Report on sanitation, dispensaries, and jails in Rajputana for 1918, and on vaccination for the year 1918-1919 - 1918-1919
Year: 1918
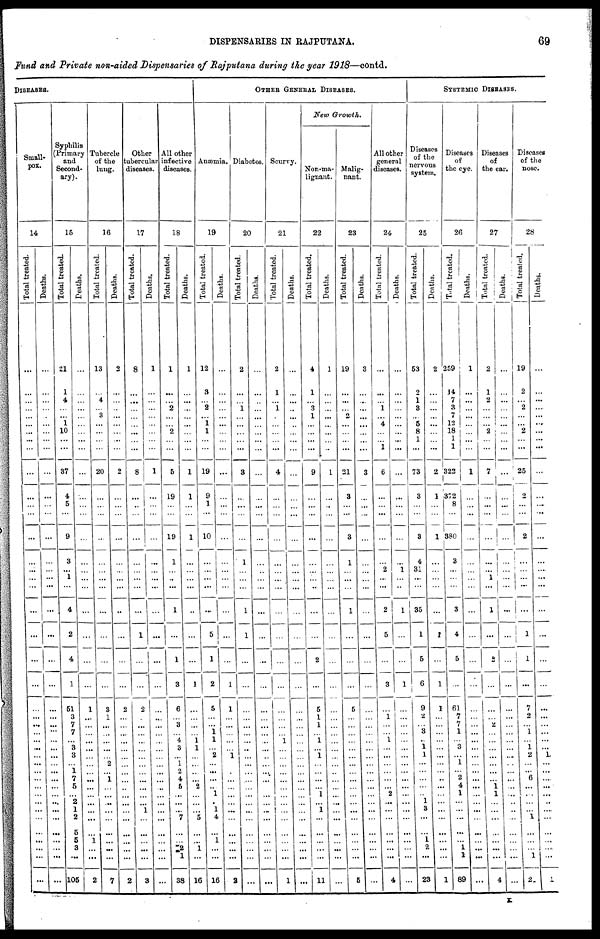
DISPENSARIES IN RAJPUTANA.
69
Fund and Private non-aided Dispensaries of Rajputana during the year 1918—contd.
DISEASES.
Small-
pox.
14
Total treated.
...
...
...
...
...
...
...
...
...
...
...
...
...
...
...
...
...
...
...
...
...
...
...
...
...
...
...
...
...
...
...
...
...
...
...
...
...
...
...
...
...
...
Deaths.
...
...
...
...
...
...
...
...
...
...
...
...
...
...
...
...
...
...
...
...
...
...
...
...
...
...
...
...
...
...
...
...
...
...
...
...
...
...
...
...
...
...
Syphilis
(Primary
and
Second-
ary).
15
Total treated.
21
1
4
...
... 1
10
...
...
37
4
5
...
9
3
... 1
...
4
2
4
1
51
3
7
7
...
3
3
... 1
7
5
... 2
1
2
5
5
3
...
105
Deaths.
...
...
...
...
...
...
...
...
...
...
...
...
...
...
...
...
...
...
...
...
...
...
1
...
...
...
...
...
...
...
...
...
...
...
...
...
...
...
1
...
...
2
Tubercle
of the
lung.
16
Total treated.
13
...
4
...
3
...
...
...
...
20
...
...
...
...
...
...
...
...
...
...
...
...
3
1
...
...
...
...
...
2
...
1
...
...
...
...
...
...
...
...
...
7
Deaths.
2
...
...
...
...
...
...
...
...
2
...
...
...
...
...
...
...
...
...
...
...
...
2
...
...
...
...
...
...
...
...
...
...
...
...
...
...
...
...
...
...
2
Other
tubercular
diseases.
17
Total treated.
8
...
...
...
...
...
...
...
...
8
...
...
...
...
...
...
...
...
...
1
...
...
2
...
...
...
...
...
...
...
...
...
...
...
...
1
...
...
...
...
...
3
Deaths.
1
...
...
...
...
...
...
...
...
1
...
...
...
...
...
...
...
...
...
...
...
...
...
...
...
...
...
...
...
...
...
...
...
...
...
...
...
...
...
...
...
...
All other
infective
diseases.
18
Total treated.
1
...
... 2
...
...
2
...
...
5
19
...
...
19
1
...
...
...
1
...
1
3
6
...
3
...
4
3
... 1
2
4
5
...
...
... 7
...
...
2
1
38
Deaths.
1
...
...
...
...
...
...
...
...
1
1
...
...
1
...
...
...
...
...
...
...
1
...
...
...
...
1 1
...
...
...
...
2
...
...
...
5
...
...
1
...
16
OTHER GENERAL DISEASES.
Anæmia.
19
Total treated.
12
3
... 2
... 1
1
...
...
19
9
1
...
10
...
...
...
...
...
5
1
2
5
...
... 1
1
... 2
...
...
...
...
1
...
1
4
...
1
...
...
16
Deaths.
...
...
...
...
...
...
...
...
...
...
...
...
...
...
...
...
...
...
...
...
...
1
1
...
...
...
...
...
1
...
...
...
...
...
...
...
...
...
... ...
...
2
Diabetes.
20
Total treated.
2
...
... 1
...
...
...
...
...
3
...
...
...
...
1
...
...
...
1
1
...
...
...
...
...
...
...
...
...
...
...
...
...
...
...
...
...
...
...
...
...
...
Deaths.
...
...
...
...
...
...
...
...
...
...
...
...
...
...
...
...
...
...
...
...
...
...
...
...
...
...
...
...
...
...
...
...
...
...
...
...
...
...
...
...
...
...
Scurvy.
21
Total treated.
2
1
...
1
...
...
...
...
...
4
...
...
...
...
...
...
...
...
...
...
...
...
...
...
...
...
1
...
...
...
...
...
...
...
...
...
...
...
...
...
...
1
Deaths.
...
...
...
...
...
...
...
...
...
...
...
...
...
...
...
...
...
...
...
...
...
...
...
...
...
...
...
...
...
...
...
...
...
...
...
...
...
...
...
...
...
...
New Growth.
Non-ma-
lignant.
22
Total treated.
4
1
... 3
1
...
...
...
...
9
...
...
...
...
...
...
...
...
...
...
2
...
5
1
1
...
1
... 1
...
...
...
...
1
...
1
...
...
...
...
...
11
Deaths.
1
...
...
...
...
...
...
...
...
1
...
...
...
...
...
...
...
...
...
...
...
...
...
...
...
...
...
...
...
...
...
...
...
...
...
...
...
...
...
...
...
...
Malig-
nant.
23
Total treated.
19
...
...
...
2
...
...
...
...
21
3
...
...
3
1
...
...
...
1
...
...
...
5
...
...
...
...
...
...
...
...
...
...
...
...
...
...
...
...
...
...
5
Deaths.
3
...
...
...
...
...
...
...
...
3
...
...
...
...
...
...
...
...
...
...
...
...
...
...
...
...
...
...
...
...
...
...
...
...
...
...
...
...
...
...
...
...
All other
general
diseases.
24
Total treated.
...
...
... 1
...
4
...
...
1
6
...
...
...
...
...
2
...
...
2
5
...
3
...
1
...
...
1
...
...
...
...
...
...
2
...
...
...
...
...
...
...
4
Deaths.
...
...
...
...
...
...
...
...
...
...
...
...
...
...
...
1
...
...
1
...
...
1
...
...
...
...
...
...
...
...
...
...
...
...
...
...
...
...
...
...
...
...
SYSTEMIC DISEASES.
Diseases
of the
nervous
system.
25
Total treated.
53
2
1
3
...
5
8
1
...
73
3
...
...
3
4
31
...
...
35
1
5
6
9
2
...
3
...
1
1
...
...
...
...
... 1
3
...
...
1 2
...
23
Deaths.
2
...
...
...
...
...
...
...
...
2
1
...
...
1
...
...
...
...
...
1
...
1
1
...
...
...
...
...
...
...
...
...
...
...
...
...
...
...
...
...
...
1
Diseases
of
the eye.
26
Total treated.
259
14
7
3
7
12
18
1
1
322
372
8
...
380
3
...
...
...
3
4
5
...
61
7
7
1
...
3
...
1
... 2
4
1
...
...
...
...
... 1
1
89
Deaths.
1
...
...
...
...
...
...
...
...
1
...
...
...
...
...
...
...
...
...
...
...
...
...
...
...
...
...
...
...
...
...
...
...
...
...
...
...
...
...
...
...
...
Diseases
of
the ear.
27
Total treated.
2
1
2
...
...
...
2
...
...
7
...
...
...
...
...
...
1
...
1
...
2
...
...
...
2
...
...
...
...
...
...
...
1 1
...
...
...
...
...
...
...
4
Deaths.
...
...
...
...
...
...
...
...
...
...
...
...
...
...
...
... ...
...
...
...
...
...
...
...
...
...
...
...
...
...
...
...
...
...
...
...
...
...
... ...
...
...
Diseases
of the
nose.
28
Total treated.
19
2
... 2
...
...
2
...
...
25
2
...
...
2
...
...
...
...
...
1
1
...
7
2
...
1
...
1
2
...
...
6
...
...
...
...
1
...
...
...
1
21
Deaths.
...
...
...
...
...
...
...
...
...
...
...
...
...
...
...
...
...
...
...
...
...
...
...
...
...
...
...
... 1
...
...
...
...
...
...
...
...
...
...
...
...
1
K